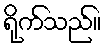
ရိုက်သည်။